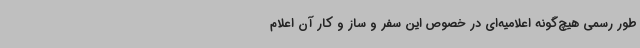
طور رسمی هیچ‌گونه اعلامیه‌ای در خصوص این سفر و ساز و کار آن اعلام